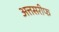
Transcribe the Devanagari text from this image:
अत्तसरीफ